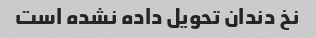
نخ دندان تحویل داده نشده است